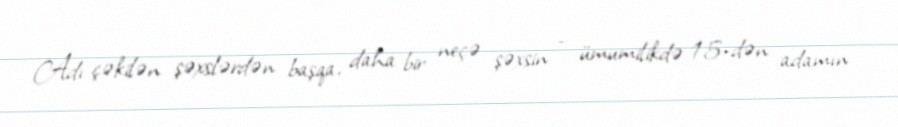
Adı çəkilən şəxslərdən başqa, daha bir neçə şəxsin - ümumilikdə 15-dən adamın